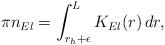
LaTeX: \begin{align*}\pi n_{El} =\int _{r_{h}+\epsilon }^{L}K_{El}(r) \, dr ,\end{align*}